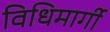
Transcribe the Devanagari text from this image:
विधिमार्गी